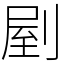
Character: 剭